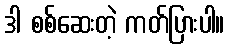
ဒါ စစ်ဆေးတဲ့ ကတ်ပြားပါ။